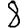
Digit: 8